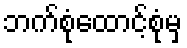
ဘက်စုံထောင့်စုံမှ